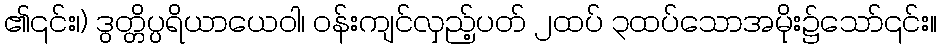
၏၎င်း၊) ဒွတ္တိပ္ပရိယာယေဝါ၊ ဝန်းကျင်လှည့်ပတ် ၂ထပ် ၃ထပ်သောအမိုး၌သော်၎င်း။